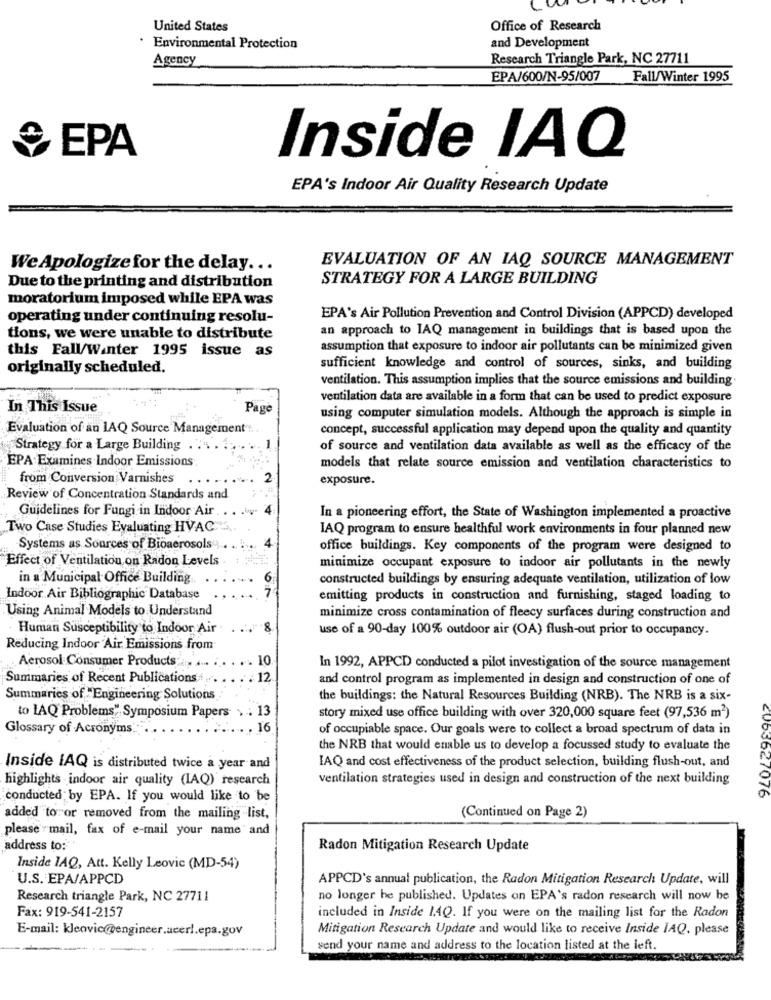
United States
Office of Research
and Development
Environmental Protection
Agency
Research Triangle Park, NC 27711
EPA/600/N-95/007
Fall/Winter 1995
EPA
Inside IAQ
EPA's Indoor Air Quality Research Update
EVALUATION OF AN IAQ SOURCE MANAGEMENT
We Apologize for the delay ...
STRATEGY FOR A LARGE BUILDING
Due to the printing and distribution
moratorium imposed while EPA was
operating under continuing resolu-
EPA's Air Pollution Prevention and Control Division (APPCD) developed
an approach to IAQ management in buildings that is based upon the
tions, we were unable to distribute
this Fall/Winter 1995 issue as
assumption that exposure to indoor air pollutants can be minimized given
originally scheduled.
sufficient knowledge and control of sources, sinks, and building
ventilation. This assumption implies that the source emissions and building.
ventilation data are available in a form that can be used to predict exposure
In This Issue
Page
using computer simulation models. Although the approach is simple in
Evaluation of an IAQ Source Management".
concept, successful application may depend upon the quality and quantity
Strategy for a Large Building
of source and ventilation data available as well as the efficacy of the
EPA Examines Indoor Emissions
models that relate source emission and ventilation characteristics to
from Conversion Varnishes
2
exposure.
Review of Concentration Standards and
Guidelines for Fungi in Indoor Air.
In a pioneering effort, the State of Washington implemented a proactive
Two Case Studies Evaluating HVAC
IAQ program to ensure healthful work environments in four planned new
Systems as Sources of Bioaerosols ...
4
office buildings. Key components of the program were designed to
Effect of Ventilation on Radon Levels
minimize occupant exposure to indoor air pollutants in the newly
in a Municipal Office Building
6
constructed buildings by ensuring adequate ventilation, utilization of low
Indoor Air Bibliographic Database
emitting products in construction and furnishing, staged loading to
Using Animal Models to Understand
minimize cross contamination of fleecy surfaces during construction and
Human Susceptibility to Indoor Air
8
use of a 90-day 100% outdoor air (OA) flush-out prior to occupancy.
Reducing Indoor Air. Emissions from
Aerosol Consumer Products "
10
In 1992, APPCD conducted a pilot investigation of the source management
Summaries of Recent Publications
12
and control program as implemented in design and construction of one of
Summaries of "Engineering Solutions
the buildings: the Natural Resources Building (NRB). The NRB is a six-
to LAQ Problems" Symposium Papers . . 13
story mixed use office building with over 320,000 square feet (97,536 m2)
Glossary of Acronyms.
. 16
of occupiable space. Our goals were to collect a broad spectrum of data in
the NRB that would enable us to develop a focussed study to evaluate the
Inside IAQ is distributed twice a year and
IAQ and cost effectiveness of the product selection, building flush-out, and
highlights indoor air quality (IAQ) research
ventilation strategies used in design and construction of the next building
conducted by EPA. If you would like to be
added to or removed from the mailing list,
(Continued on Page 2)
please - mail, fax of e-mail your name and
address to:
Radon Mitigation Research Update
Inside 1AQ, Att. Kelly Leovic (MD-54)
U.S. EPA/APPCD
APPCD's annual publication, the Radon Mitigation Research Update, will
Research triangle Park, NC 27711
no longer he published. Updates on EPA's radon research will now be
Fax: 919-541-2157
included in Inside 1.4Q. If you were on the mailing list for the Radon
E-mail: kleovic@@@engineer.acerl.epa.gov
Mitigation Research Update and would like to receive Inside IAQ. please
send your name and address to the location listed at the left.